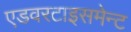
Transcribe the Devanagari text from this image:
एडवरटाइसमेन्ट